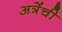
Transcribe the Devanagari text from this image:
अत्रेंची